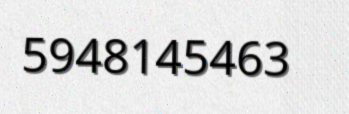
5948145463